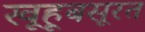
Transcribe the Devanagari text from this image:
खूहूबसूरत